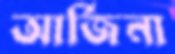
আর্জিনা